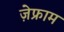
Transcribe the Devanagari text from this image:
ज़ेफ्राम